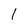
Character: 1